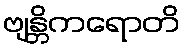
ဗျန္တိကရောတိ